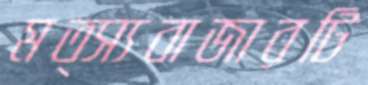
মত্স্যবাজারটি